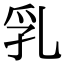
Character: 乳